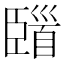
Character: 𩠞